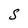
Character: S